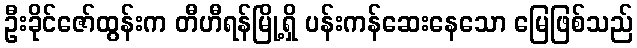
ဦးခိုင်ဇော်ထွန်းက တီဟီရန်မြို့ရှိ ပန်းကန်ဆေးနေသော မြေဖြစ်သည်